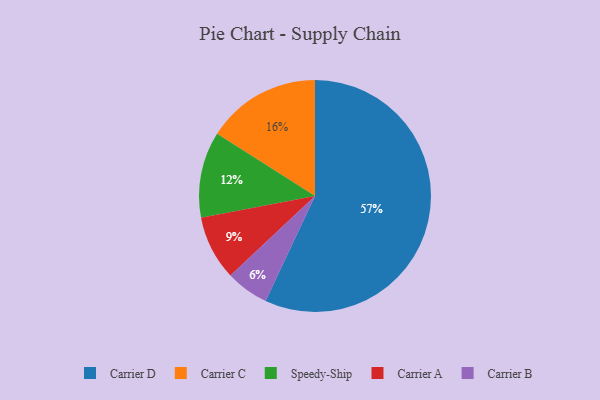
{"axis": {"x": "Category", "y": "Percentage"}, "legend": ["Carrier A", "Carrier B", "Carrier C", "Carrier D", "Speedy-Ship"], "data": [{"x": "Carrier B", "y": 6, "type": "Carrier B"}, {"x": "Carrier C", "y": 16, "type": "Carrier C"}, {"x": "Carrier A", "y": 9, "type": "Carrier A"}, {"x": "Speedy-Ship", "y": 12, "type": "Speedy-Ship"}, {"x": "Carrier D", "y": 57, "type": "Carrier D"}]}